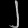
Digit: ၂